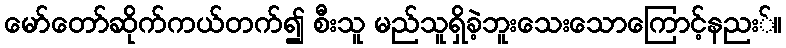
မော်တော်ဆိုက်ကယ်တက်၍ စီးသူ မည်သူရှိခဲ့ဘူးသေးသောကြောင့်နညး်။